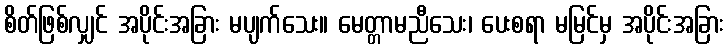
စိတ်ဖြစ်လျှင် အပိုင်းအခြား မပျက်သေး။ မေတ္တာမညီသေး၊ ပေးစရာ မမြင်မှ အပိုင်းအခြား